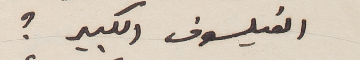
الفيلسوف الكبير؟